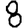
Digit: 8